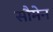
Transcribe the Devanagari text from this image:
सौमेन